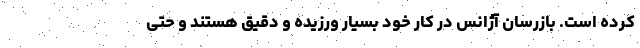
کرده است. بازرسان آژانس در کار خود بسیار ورزیده و دقیق هستند و حتی